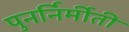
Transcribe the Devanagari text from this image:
पुनर्निर्मीती